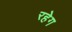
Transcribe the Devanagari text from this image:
रहेग